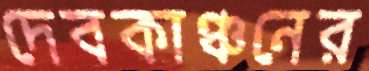
দেবকাঞ্চনের